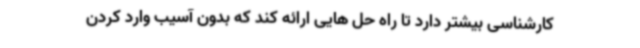
کارشناسی بیشتر دارد تا راه حل هایی ارائه کند که بدون آسیب وارد کردن